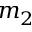
m _ { 2 }